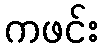
ကဖင်း